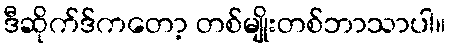
ဒီဆိုက်ဒ်ကတော့ တစ်မျိုးတစ်ဘာသာပါ။